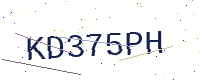
Text: KD375PH